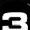
Digit: 3